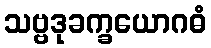
သဗ္ဗဒုခက္ခယောဂဓံ